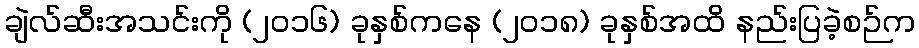
ချဲလ်ဆီးအသင်းကို (၂၀၁၆) ခုနှစ်ကနေ (၂၀၁၈) ခုနှစ်အထိ နည်းပြခဲ့စဉ်က